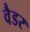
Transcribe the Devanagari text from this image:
वैडर